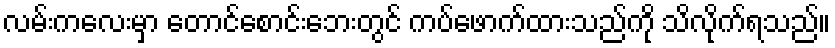
လမ်းကလေးမှာ တောင်စောင်းဘေးတွင် ကပ်ဖောက်ထားသည်ကို သိလိုက်ရသည်။